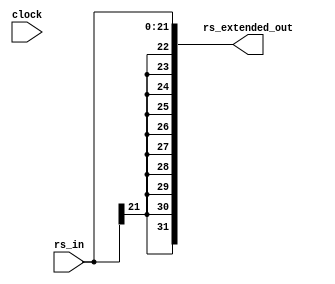
`timescale 1ns / 1ps
//////////////////////////////////////////////////////////////////////////////////
// Company: 
// Engineer: 
// 
// Design Name: 
// Module Name: SignExtend
// Project Name: 
// Target Devices: 
// Tool Versions: 
// Description: 
// 
// Dependencies: 
// 
// Revision:
// Revision 0.01 - File Created
// Additional Comments:
// 
//////////////////////////////////////////////////////////////////////////////////


module SignExtend(clock, rs_in, rs_extended_out);

// Inputs and Outputs
input clock;
input [21:0] rs_in;
output reg [31:0] rs_extended_out;

// Local memory

// Logic
always@(clock, rs_in)
begin
    // Copy rs into lower digits of output
    rs_extended_out[21:0] = rs_in [21:0];
    rs_extended_out [22] =  rs_extended_out [21];
    rs_extended_out [23] =  rs_extended_out [21];
    rs_extended_out [24] =  rs_extended_out [21];
    rs_extended_out [25] =  rs_extended_out [21];
    rs_extended_out [26] =  rs_extended_out [21];
    rs_extended_out [27] =  rs_extended_out [21];
    rs_extended_out [28] =  rs_extended_out [21];
    rs_extended_out [29] =  rs_extended_out [21];
    rs_extended_out [30] =  rs_extended_out [21];
    rs_extended_out [31] =  rs_extended_out [21];
    
end

endmodule